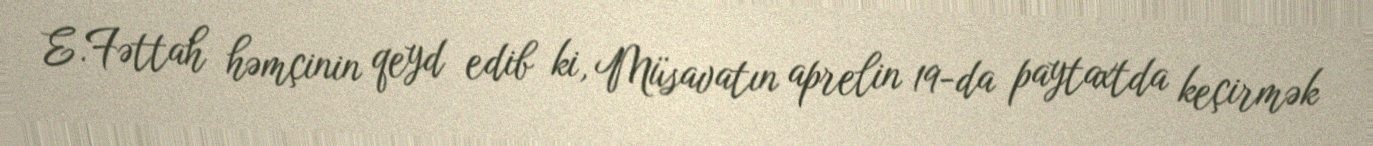
E.Fəttah həmçinin qeyd edib ki, Müsavatın aprelin 19-da paytaxtda keçirmək